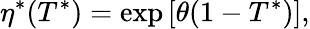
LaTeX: \eta^{*}(T^{*})=\mathrm{exp}\left[\theta(1-T^{*})\right],